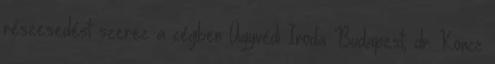
részesedést szerez a cégben Ügyvédi Iroda Budapest, dr. Koncz